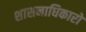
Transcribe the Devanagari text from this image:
शासनाधिकारों